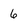
Character: 6